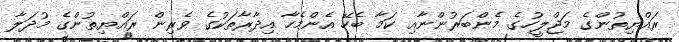
ރައްޔިތުންގެ މަޖްލީހުގެ މެންބަރުންނާއި ކަމާ ބެހޭ އެންމެހާ އިދާރާތަކުގެ ވެރިން ރައްޔިތުންގެ މުދަލާ